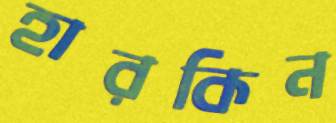
হারকিন